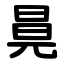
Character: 㫯